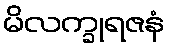
မိလက္ခုရဇနံ